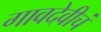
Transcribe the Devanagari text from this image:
गावदेवीचं